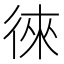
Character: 徠